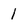
Character: 1